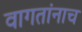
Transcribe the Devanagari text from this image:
वागतांनाच